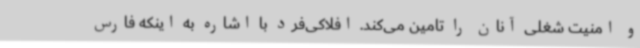
و امنیت شغلی آنان را تامین می‌کند. افلاکی‌فرد با اشاره به اینکه فارس